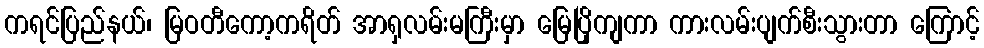
ကရင်ပြည်နယ်၊ မြဝတီကော့ကရိတ် အာရှလမ်းမကြီးမှာ မြေပြိုကျကာ ကားလမ်းပျက်စီးသွားတာ ကြောင့်